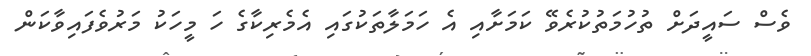
ވެސް ސައީދަށް ތުހުމަތުކުރެވޭ ކަމަށާއި އެ ހަމަލާތަކުގައި އެމެރިކާގެ ހަ މީހަކު މަރުވެފައިވާކަން